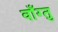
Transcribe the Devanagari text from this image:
वाँग्तु